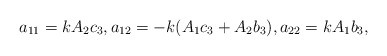
\begin{align*}a_{11} = k A_2c_3,a_{12} = -k(A_1c_3+A_2b_3),a_{22}=k A_1 b_3,\end{align*}